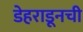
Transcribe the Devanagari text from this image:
डेहराडूनची